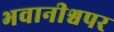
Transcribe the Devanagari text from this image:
भवानीश्वपर